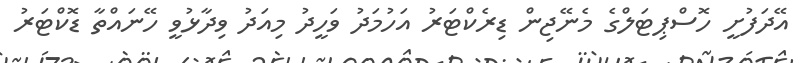
އޭދަފުށީ ހޮސްޕިޓަލްގެ މެނޭޖިން ޑިރެކްޓަރު އަހުމަދު ވަހީދު މިއަދު ވިދާޅުވީ ހޭނައްތާ ޑޮކްޓަރު